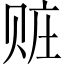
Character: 赃